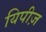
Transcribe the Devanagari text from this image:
यिपीज़